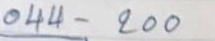
044 - 200